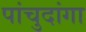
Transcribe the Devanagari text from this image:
पांचुदांगा